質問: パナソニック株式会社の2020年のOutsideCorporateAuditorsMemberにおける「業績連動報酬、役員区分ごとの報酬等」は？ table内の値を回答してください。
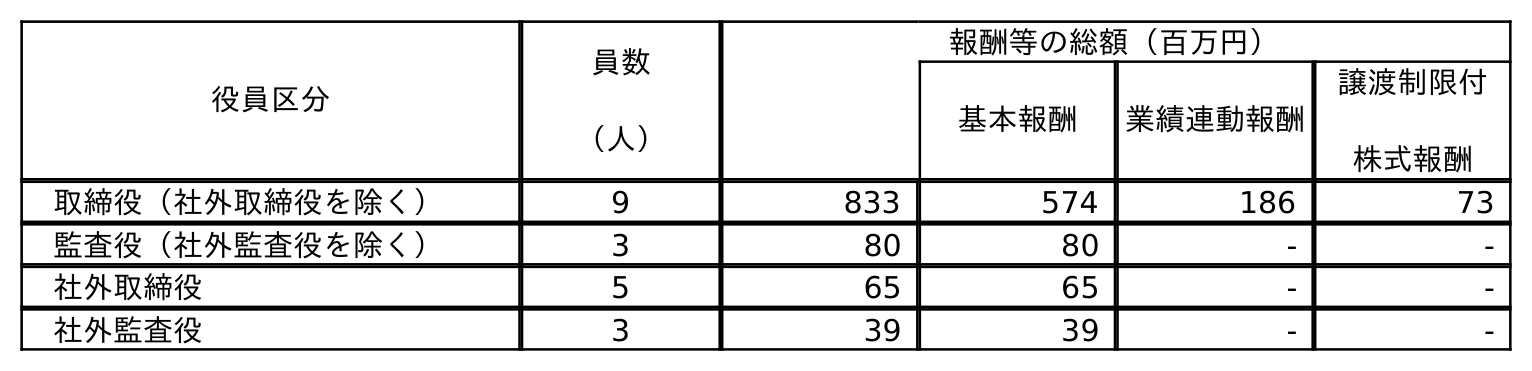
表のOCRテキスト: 役員区分 員数 （人） 報酬等の総額（百万円） 基本報酬 業績連動報酬 譲渡制限付 株式報酬 取締役（社外取締役を除く） 9 833 574 186 73 監査役（社外監査役を除く） 3 80 80 - - 社外取締役 5 65 65 - - 社外監査役 3 39 39 - -
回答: -